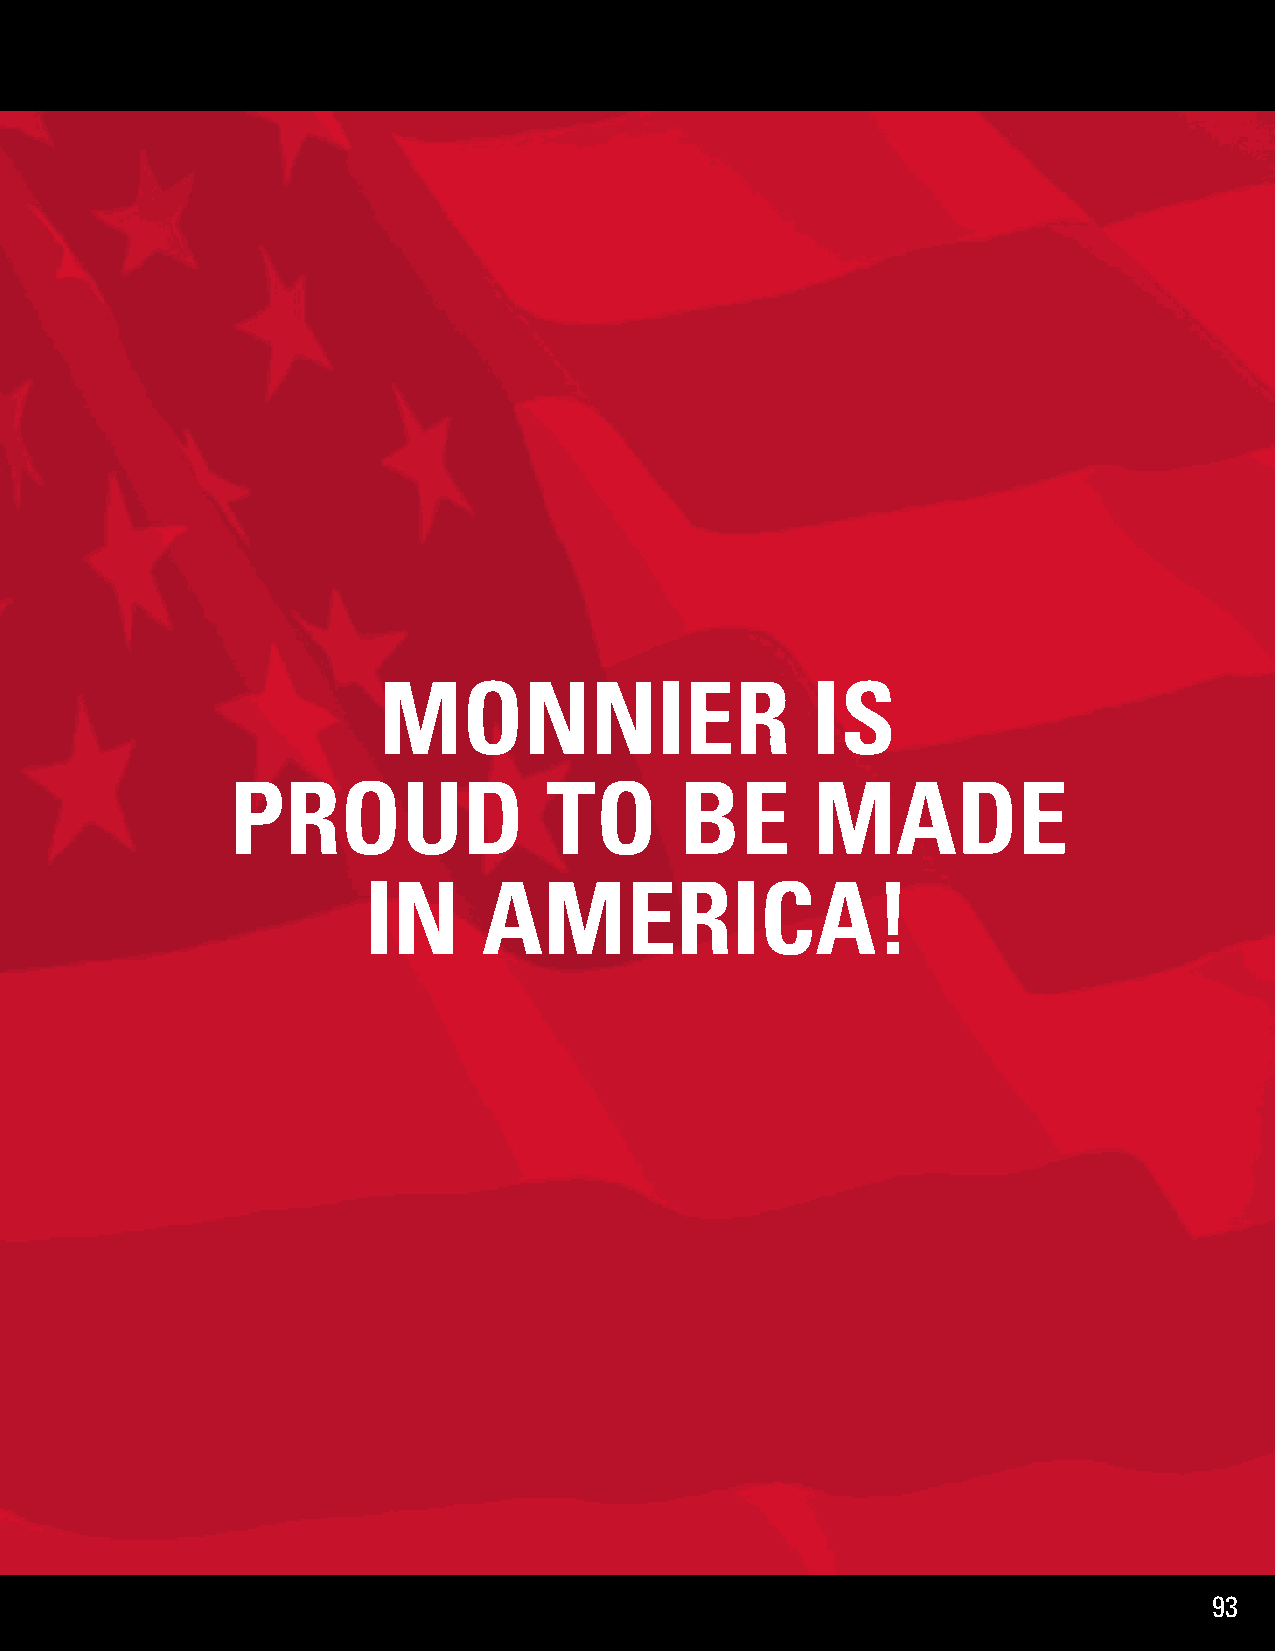
MONNIER                      IS
 PROUD                TO       BE       MADE
 IN      AMERICA!
 93